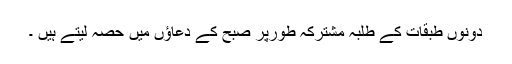
دونوں طبقات کے طلبہ مشترکہ طورپر صبح کے دعاؤں میں حصہ لیتے ہیں ۔